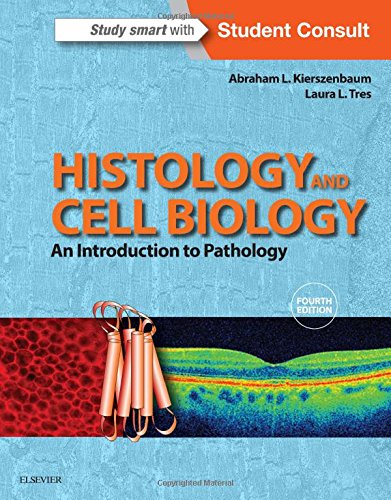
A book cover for Histology and Cell Biology: An Introduction to Pathology, 4e; Abraham L Kierszenbaum M.D.  Ph.D.; Medical Books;